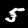
Digit: 5